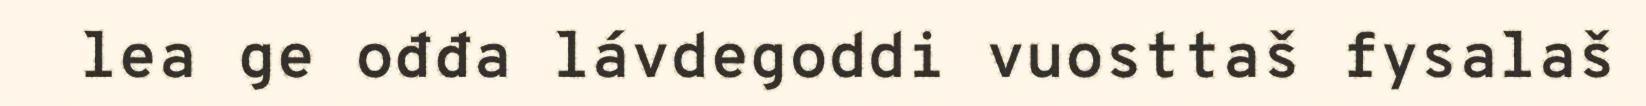
lea ge ođđa lávdegoddi vuosttaš fysalaš